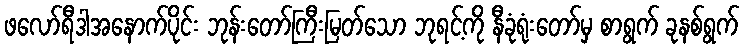
ဖလော်ရီဒါအနောက်ပိုင်း ဘုန်းတော်ကြီးမြတ်သော ဘုရင့်ကို နီခုံရုံးတော်မှ စာရွက် ခုနစ်ရွက်